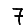
Digit: 7